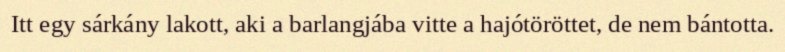
Itt egy sárkány lakott, aki a barlangjába vitte a hajótöröttet, de nem bántotta.